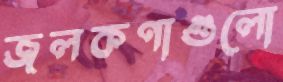
জলকণাগুলো